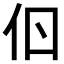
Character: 𠇂